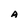
Character: A